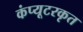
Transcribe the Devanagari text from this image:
कंप्यूटरकृत